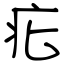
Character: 疕